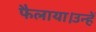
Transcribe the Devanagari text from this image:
फैलाया।उन्हें